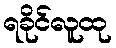
ရခိုင်လူထု